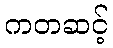
ကတဆင့်